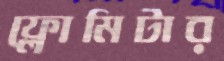
ফ্লোমিটার